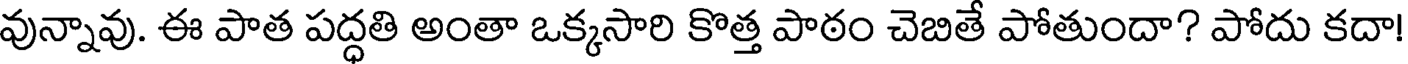
వున్నావు. ఈ పాత పద్ధతి అంతా ఒక్కసారి కొత్త పాఠం చెబితే పోతుందా? పోదు కదా